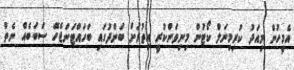
އެމީހުން މިއަދު ކުރިމިނަލް ކޯޓުން މިނިވަންކުރީ އިތުރަށް ބަންދުގައި ބަހައްޓަންޖެހޭ ސަބަބެއް ނެތް